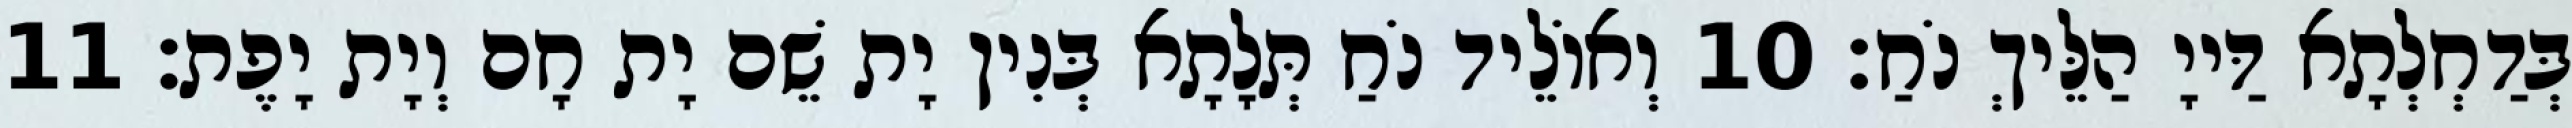
בְּדַחְלְתָא דַּייָ הַלֵּיךְ נֹחַ׃ 10 וְאוֹלֵיד נֹחַ תְּלָתָא בְּנִין יָת שֵׁם יָת חָם וְיָת יָפֶת׃ 11